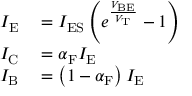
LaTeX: \begin{array} { r l } { I _ { \mathrm { E } } } & { { } = I _ { \mathrm { E S } } \left( e ^ { \frac { V _ { \mathrm { B E } } } { V _ { \mathrm { T } } } } - 1 \right) } \\ { I _ { \mathrm { C } } } & { { } = \alpha _ { \mathrm { F } } I _ { \mathrm { E } } } \\ { I _ { \mathrm { B } } } & { { } = \left( 1 - \alpha _ { \mathrm { F } } \right) I _ { \mathrm { E } } } \end{array}